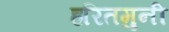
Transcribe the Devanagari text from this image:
हरितमुनी